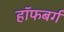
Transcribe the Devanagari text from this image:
हॉफबर्ग